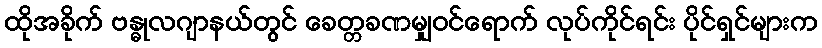
ထိုအခိုက် ဗန္ဓုလဂျာနယ်တွင် ခေတ္တခဏမျှဝင်ရောက် လုပ်ကိုင်ရင်း ပိုင်ရှင်များက